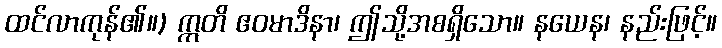
ထင်လာကုန်၏။) ဣတိ ဧဝမာဒိနာ၊ ဤသို့အစရှိသော။ နယေန၊ နည်းဖြင့်။